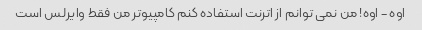
اوه - اوه! من نمی توانم از اترنت استفاده کنم کامپیوتر من فقط وایرلس است